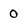
Character: 0